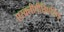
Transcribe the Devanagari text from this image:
एस्क्लीपीडिएसिई